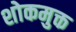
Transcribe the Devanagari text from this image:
शोकमुक्त